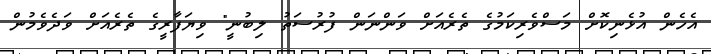
އެހެން އުޅެނިކޮށް މަސްވެރިކަމުގެ ތެރެއަށް ވަންނަން ފުރުސަތު ލިބުނީ" ވިޔަފާރީގެ ތެރެއަށް ވަދެވެމުން